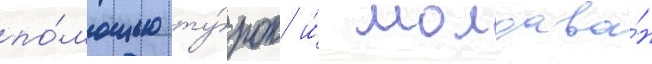
по́мощью ту́рок и́ молдава́н